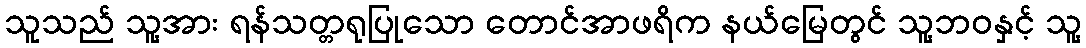
သူသည် သူ့အား ရန်သတ္တရုပြုသော တောင်အာဖရိက နယ်မြေတွင် သူ့ဘဝနှင့် သူ့